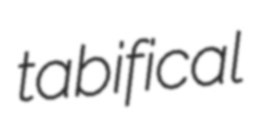
tabifical